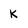
Character: k